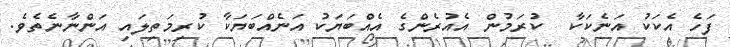
ފަހެ އެކަކު އަނެކަކާ  ކުރަމުން އެއުރެންގެ އެއްބަޔަކު އަނެއްބަޔަކާ ކުރިމަތިލައި އަންނާނެތެވެ.